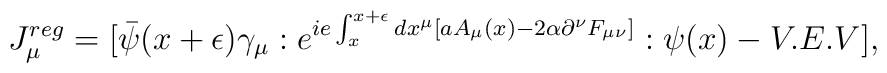
J_\mu^{reg} = [\bar\psi(x+\epsilon)\gamma_\mu:e^{ ie\int_x^{x+\epsilon}dx^\mu[aA_\mu(x) - 2\alpha\partial^\nu F_{\mu\nu}]}:\psi(x) -V.E.V],